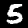
Digit: 5